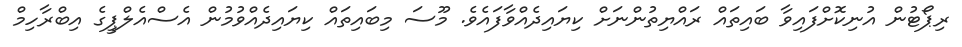
ރިޕޯޓުން އުނިކޮށްފައިވާ ބައިތައް ރައްޔިތުންނަށް ކިޔައިދެއްވާފައެވެ. މޫސަ މިބައިތައް ކިޔައިދެއްވުމުން އެސްއެލްޕީގެ އިބްރާހިމް